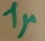
Text: 1µ